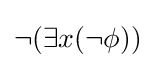
\lnot (\exists x(\lnot \phi ))